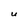
Character: U